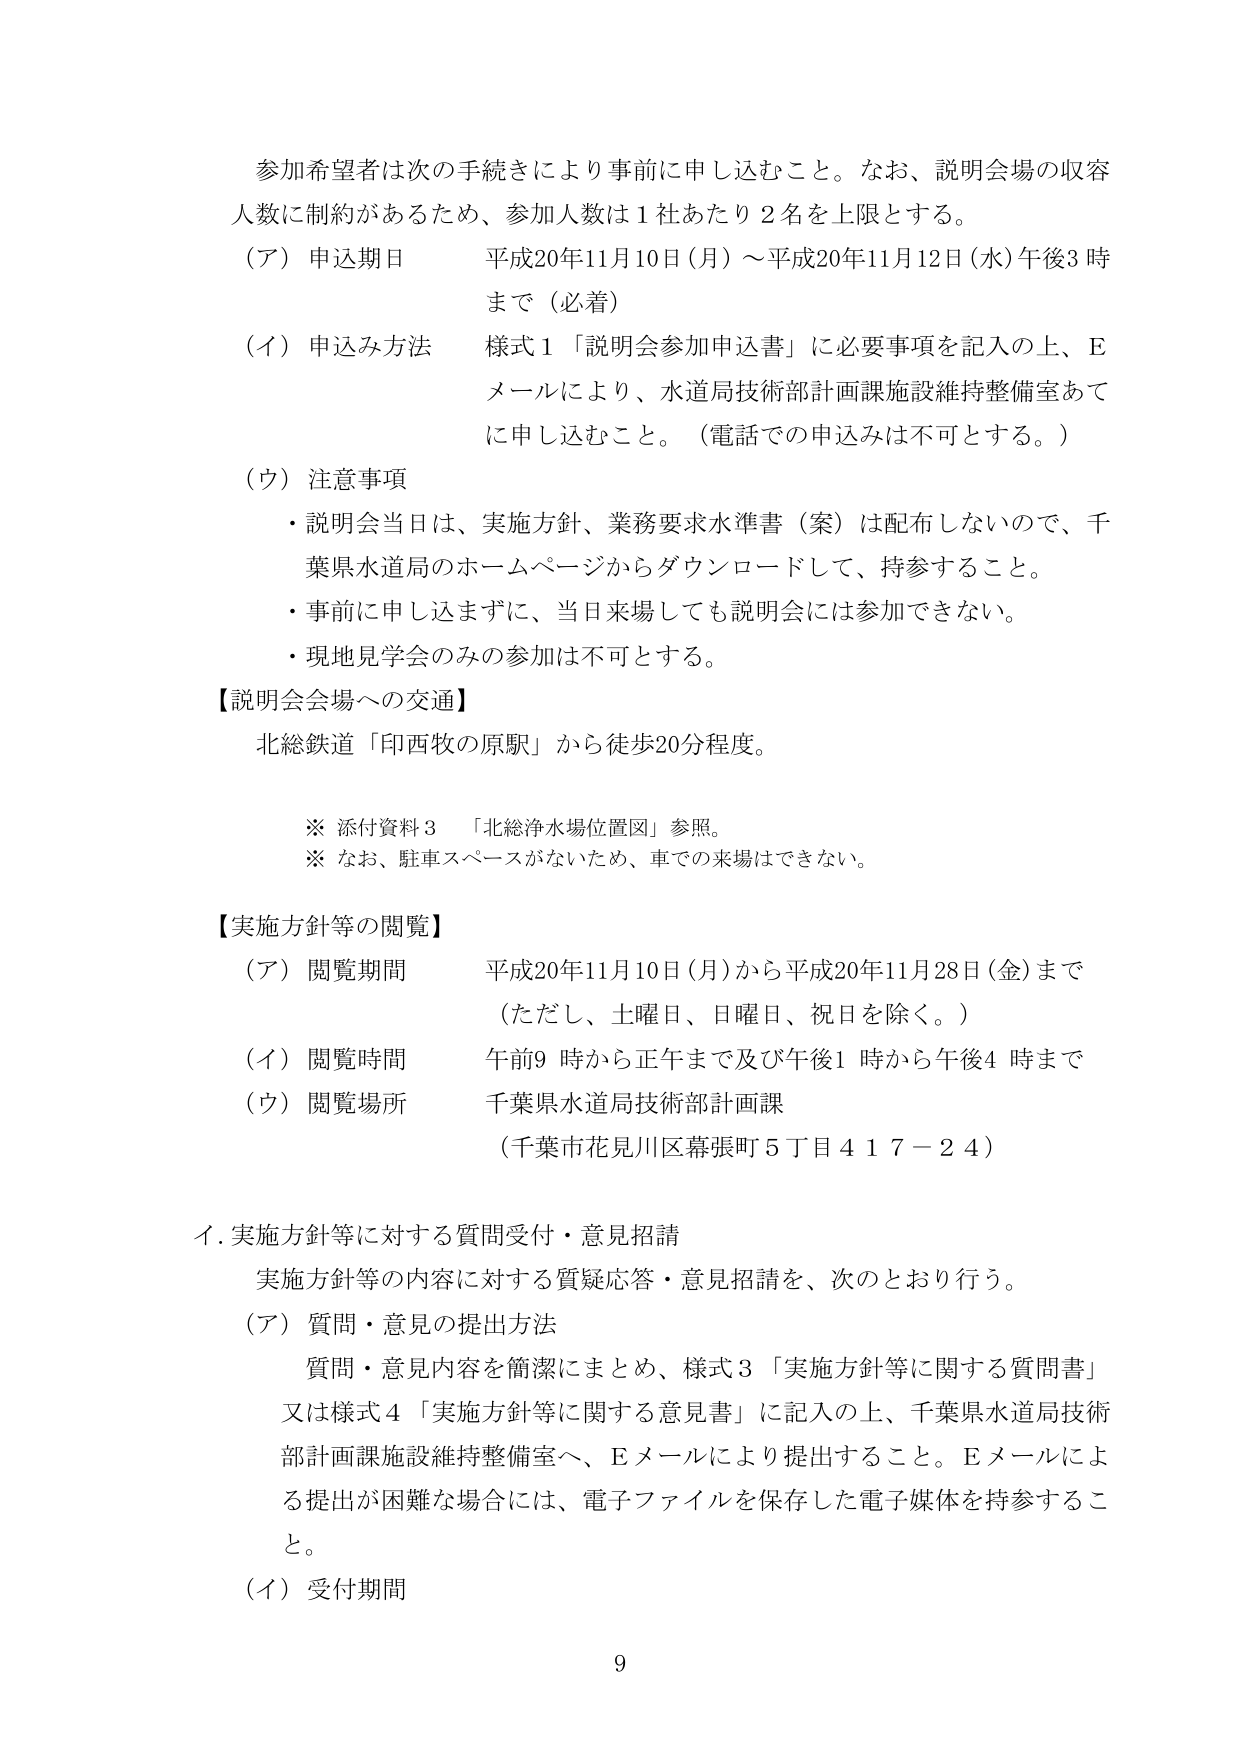
参加希望者は次の手続きにより事前に申し込むこと。なお、説明会場の収容人数に制約があるため、参加人数は１社あたり２名を上限とする。

（ア）申込期日　平成20年11月10日（月）～平成20年11月12日（水）午後3時まで（必着）

（イ）申込み方法　様式１「説明会参加申込書」に必要事項を記入の上、Eメールにより、水道局技術部計画課施設維持整備室あてに申し込むこと。（電話での申込みは不可とする。）

（ウ）注意事項
・説明会当日は、実施方針、業務要求水準書（案）は配布しないので、千葉県水道局のホームページからダウンロードして、持参すること。
・事前に申し込まずに、当日来場しても説明会には参加できない。
・現地見学会のみの参加は不可とする。

【説明会会場への交通】
北総鉄道「印西牧の原駅」から徒歩20分程度。

※ 添付資料３　「北総浄水場位置図」参照。
※ なお、駐車スペースがないため、車での来場はできない。

【実施方針等の閲覧】
（ア）閲覧期間　平成20年11月10日（月）から平成20年11月28日（金）まで（ただし、土曜日、日曜日、祝日を除く。）
（イ）閲覧時間　午前9時から正午まで及び午後1時から午後4時まで
（ウ）閲覧場所　千葉県水道局技術部計画課
（千葉市花見川区幕張町5丁目417－24）

Ⅰ．実施方針等に対する質問受付・意見招請
実施方針等の内容に対する質疑応答・意見招請を、次のとおり行う。

（ア）質問・意見の提出方法
質問・意見内容を簡潔にまとめ、様式３「実施方針等に関する質問書」又は様式４「実施方針等に関する意見書」に記入の上、千葉県水道局技術部計画課施設維持整備室へ、Eメールにより提出すること。Eメールによる提出が困難な場合には、電子ファイルを保存した電子媒体を持参すること。

（イ）受付期間

9